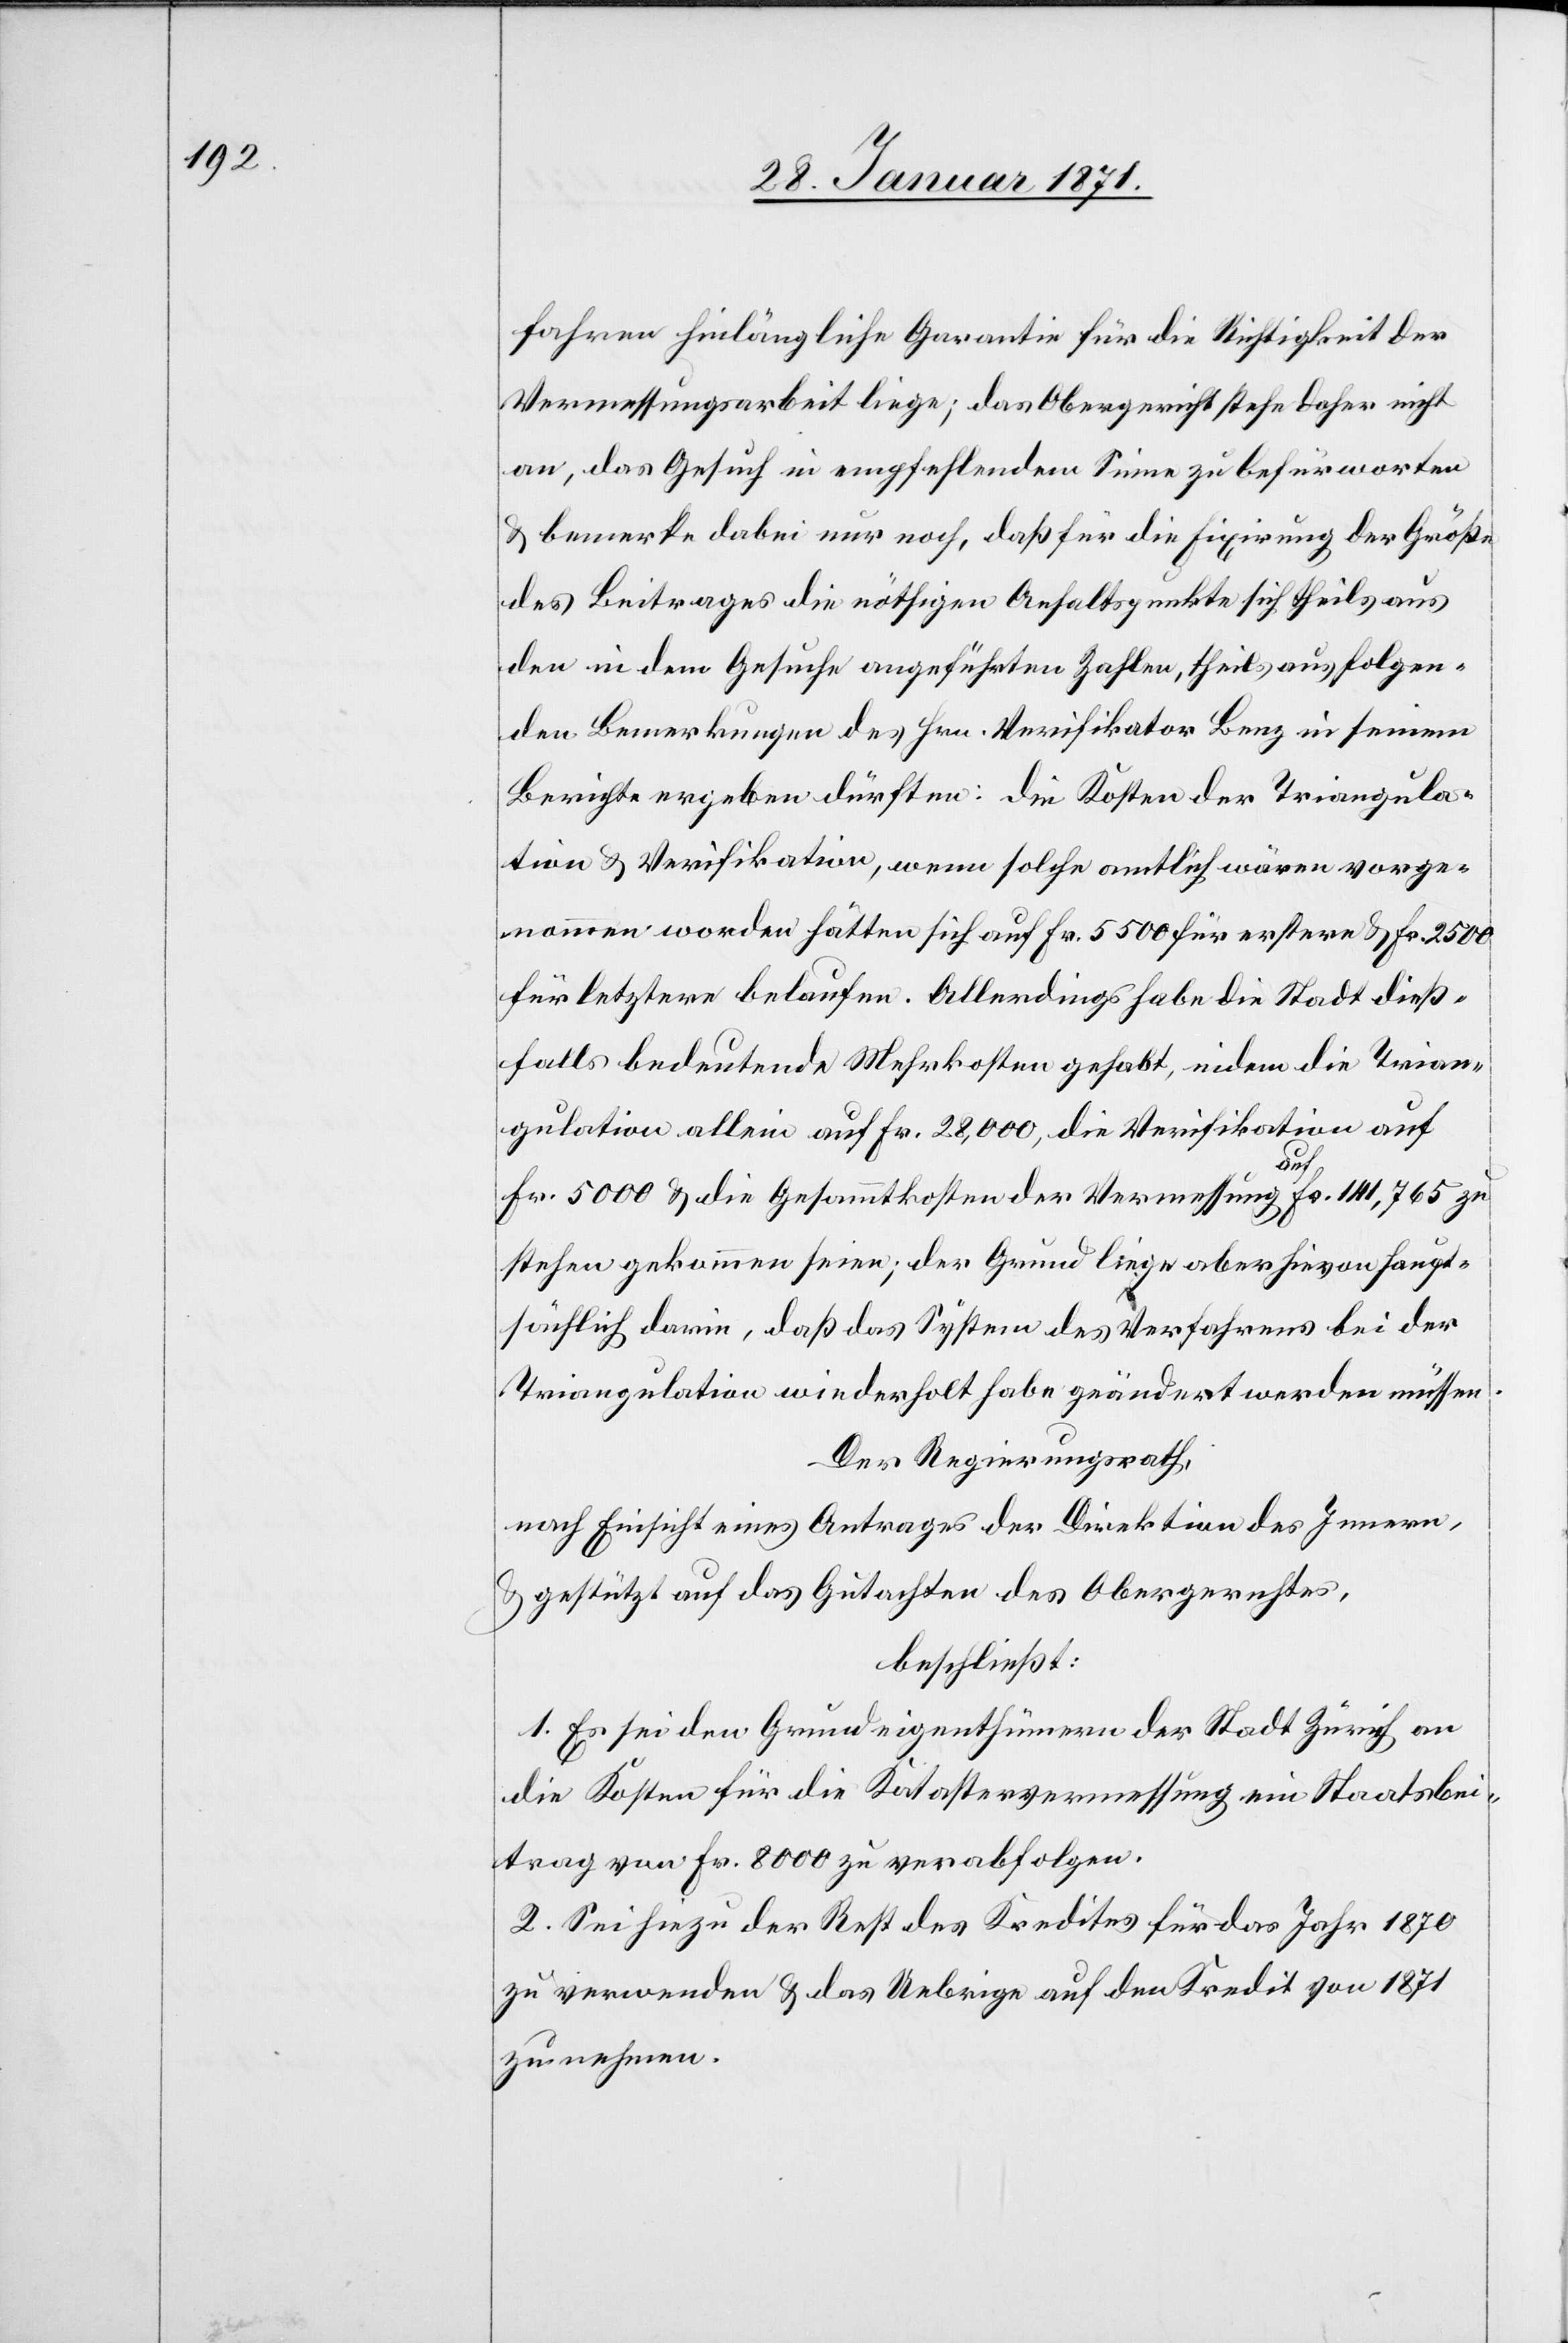
fahren hinlängliche Garantie für die Richtigkeit der
Vermessungsarbeit liege; das Obergericht stehe daher nicht
an, das Gesuch in empfehlendem Sinne zu befürworten
u. bemerke dabei nur noch, daß für die Fixirung der Größe
des Beitrages die nöthigen Anhaltspunkte sich theils aus
den in dem Gesuche angeführten Zahlen, theils aus folgen¬
den Bemerkungen des Hrn. Verifikator Benz in seinem
Berichte ergeben dürften: die Kosten der Triangula¬
tion u. Verifikation, wenn solche amtlich wären vorge¬
nommen worden hätten sich auf Fr. 5500 für erstere u. Fr. 2500
für letztere belaufen. Allerdings habe die Stadt dieß¬
falls bedeutende Mehrkosten gehabt, indem die Trian¬
gulation allein auf Fr. 28,800, die Verifikation auf
Fr. 5000 u. die Gesammtkosten der Vermessung Fr. 141,765 zu
stehen gekommen seien; der Grund liege aber hievon haupt¬
sächlich darin, daß das System des Verfahrens bei der
Triangulation wiederholt habe geändert werden müssen.
Der Regierungsrath,
nach Einsicht eines Antrages der Direktion des Innern,
u. gestützt auf das Gutachten des Obergerichtes,
beschließt:
1. Es sei den Grundeigenthümern der Stadt Zürich an
die Kosten für die Katastervermessung ein Staatsbei¬
trag von Fr. 8000 zu verabfolgen.
2. Sei hiezu der Rest des Kredites für das Jahr 1870
zu verwenden u. das Uebrige auf den Kredit von 1871
zu nehmen.